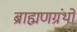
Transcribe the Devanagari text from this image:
ब्राह्मणग्रंथों